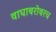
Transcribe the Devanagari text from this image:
वाघाबरोबरच